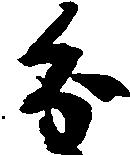
分